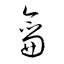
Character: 龠